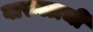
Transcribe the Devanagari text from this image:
वारुळाची